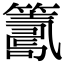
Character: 𥵽